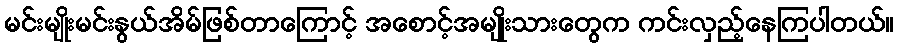
မင်းမျိုးမင်းနွယ်အိမ်ဖြစ်တာကြောင့် အစောင့်အမျိုးသားတွေက ကင်းလှည့်နေကြပါတယ်။